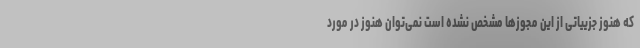
که هنوز جزییاتی از این مجوزها مشخص نشده است نمی‌توان هنوز در مورد